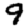
Digit: 9